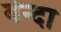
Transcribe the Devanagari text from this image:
बेन्दा